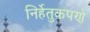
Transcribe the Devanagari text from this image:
निर्हेतुकपणे